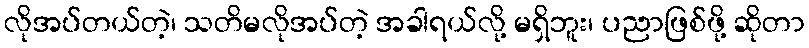
လိုအပ်တယ်တဲ့၊ သတိမလိုအပ်တဲ့ အခါရယ်လို့ မရှိဘူး၊ ပညာဖြစ်ဖို့ ဆိုတာ